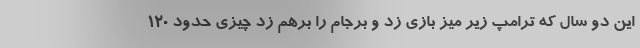
این دو سال که ترامپ زیر میز بازی زد و برجام را برهم زد چیزی حدود 120